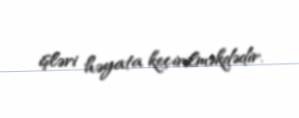
işləri həyata keçirilməkdədir.